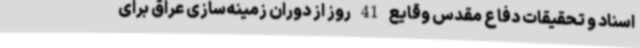
اسناد و تحقیقات دفاع مقدس وقایع 41 روز از دوران زمینه‌سازی عراق برای